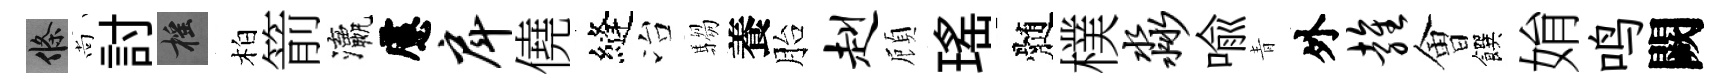
條尚討摇柏箭瀛慮戽僥縫冶騶養胎赳頋瑤髄樸淼喻青外雍㑹饌姢鸣闕